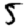
Digit: 5